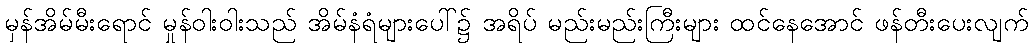
မှန်အိမ်မီးရောင် မှုန်ဝါးဝါးသည် အိမ်နံရံများပေါ်၌ အရိပ် မည်းမည်းကြီးများ ထင်နေအောင် ဖန်တီးပေးလျက်